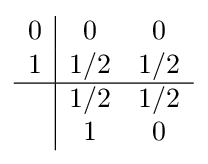
{\begin{array}{c|cc}0&0&0\\1&1/2&1/2\\\hline &1/2&1/2\\&1&0\\\end{array}}